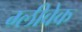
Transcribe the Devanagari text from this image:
ग्लीवेक